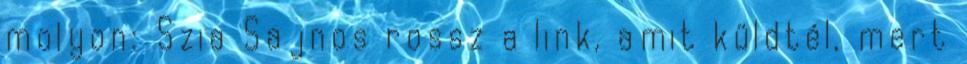
molyon: Szia Sajnos rossz a link, amit küldtél, mert